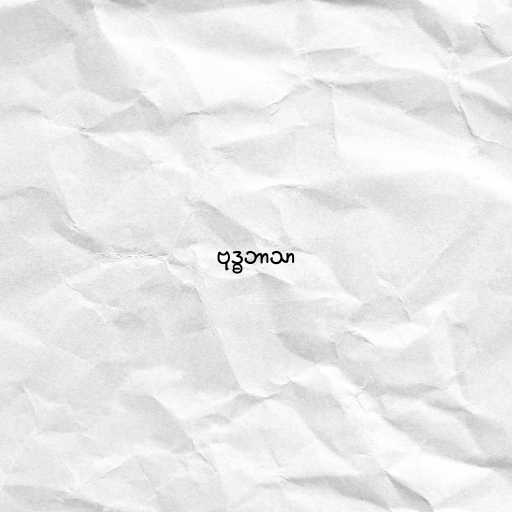
ဗုဒ္ဓဘာသာ